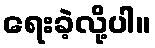
ရေးခဲ့လို့ပါ။